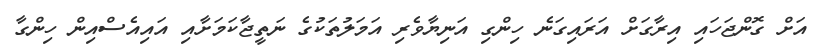
އަށް ގޮންޖަހައި އިރާގަށް އަރައިގަނެ ހިންގި އަނިޔާވެރި އަމަލުތަކުގެ ނަތީޖާކަމަށާއި އައިއެސްއިން ހިންގާ